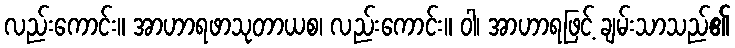
လည်းကောင်း။ အာဟာရဖာသုတာယစ၊ လည်းကောင်း။ ဝါ၊ အာဟာရဖြင့် ချမ်းသာသည်၏